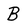
Character: B